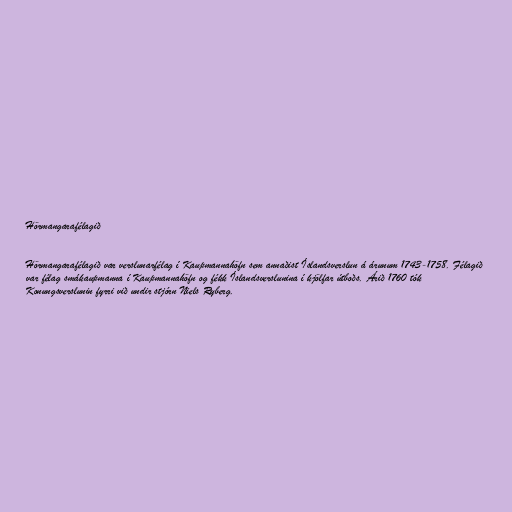
Hörmangarafélagið

Hörmangarafélagið var verslunarfélag í Kaupmannahöfn sem annaðist Íslandsverslun á árunum 1743-1758. Félagið
var félag smákaupmanna í Kaupmannahöfn og fékk Íslandsverslunina í kjölfar útboðs. Árið 1760 tók
Konungsverslunin fyrri við undir stjórn Niels Ryberg.